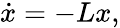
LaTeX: \dot{x}=-Lx,